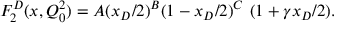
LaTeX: F _ { 2 } ^ { D } ( x , Q _ { 0 } ^ { 2 } ) = A { ( x _ { D } / 2 ) } ^ { B } ( 1 - x _ { D } / 2 ) ^ { C } ~ ( 1 + \gamma x _ { D } / 2 ) .